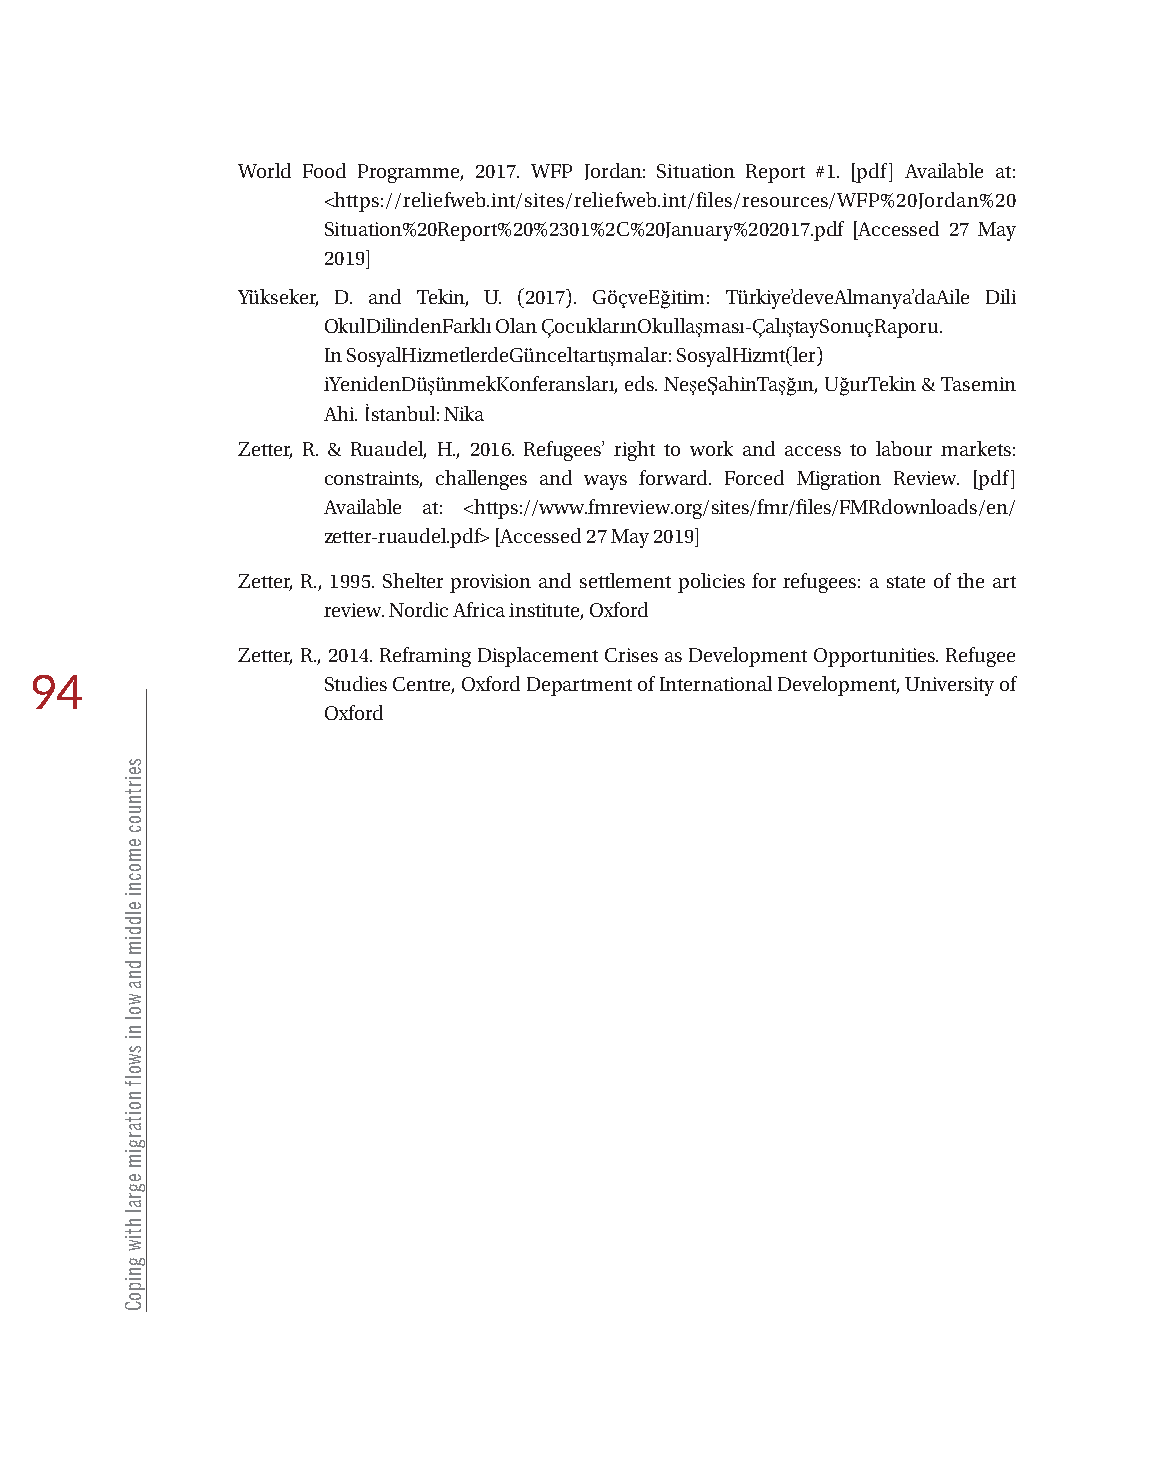
World Food Programme, 2017. WFP Jordan: Situation Report #1. [pdf] Available at:
 <https://reliefweb.int/sites/reliefweb.int/files/resources/WFP%20Jordan%20
 Situation%20Report%20%2301%2C%20January%202017.pdf [Accessed 27 May
 2019]
 Yükseker, D. and Tekin, U. (2017). GöçveEğitim: Türkiye’deveAlmanya’daAile Dili
 OkulDilindenFarklı Olan ÇocuklarınOkullaşması-ÇalıştaySonuçRaporu.
 In SosyalHizmetlerdeGünceltartışmalar: SosyalHizmt(ler)
 iYenidenDüşünmekKonferansları, eds. NeşeŞahinTaşğın, UğurTekin & Tasemin
 Ahi. İstanbul: Nika
 Zetter, R. & Ruaudel, H., 2016. Refugees’ right to work and access to labour markets:
 constraints, challenges and ways forward. Forced Migration Review. [pdf]
 Available at: <https://www.fmreview.org/sites/fmr/files/FMRdownloads/en/
 zetter-ruaudel.pdf> [Accessed 27 May 2019]
 Zetter, R., 1995. Shelter provision and settlement policies for refugees: a state of the art
 review. Nordic Africa institute, Oxford
 Zetter, R., 2014. Reframing Displacement Crises as Development Opportunities. Refugee
 94                 Studies Centre, Oxford Department of International Development, University of
 Oxford
 seirtnuoc
 emocni
 elddim
 dna
 wol
 ni
 swolf
 noitargim
 egral
 htiw
 gnipoC